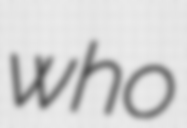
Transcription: who